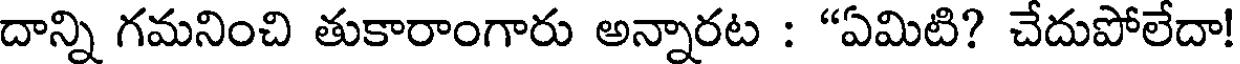
దాన్ని గమనించి తుకారాంగారు అన్నారట : "ఏమిటి? చేదుపోలేదా!